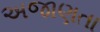
અજાણતા